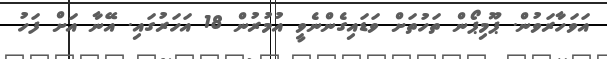
އަވަހާރަވުން. ޕޫމިޕޯން ތަހުތަށް ވަޑައިގެންނެވީ އުމުރުން 18 އަހަރުގައި. އޭނާ އަށް ފަހު